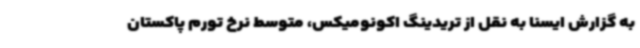
به گزارش ایسنا به نقل از تریدینگ اکونومیکس، متوسط نرخ تورم پاکستان